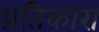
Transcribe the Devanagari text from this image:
प्रतिकारा